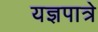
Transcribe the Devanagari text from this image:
यज्ञपात्रे